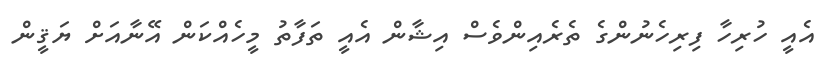
އެއީ ހުރިހާ ފިރިހެނުންގެ ތެރެއިންވެސް އިޝާން އެއީ ތަފާތު މީހެއްކަން އޭނާއަށް ޔަޤީން